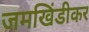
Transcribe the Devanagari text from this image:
जमखिंडीकर